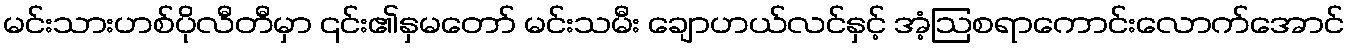
မင်းသားဟစ်ပိုလီတီမှာ ၎င်း၏နှမတော် မင်းသမီး ချောဟယ်လင်နှင့် အံ့ဩစရာကောင်းလောက်အောင်